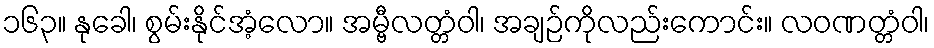
၁၆၃။ နုခေါ၊ စွမ်းနိုင်အံ့လော။ အမ္ဗီလတ္တံဝါ၊ အချဉ်ကိုလည်းကောင်း။ လဝဏတ္တံဝါ၊